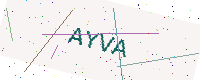
Text: AYVA